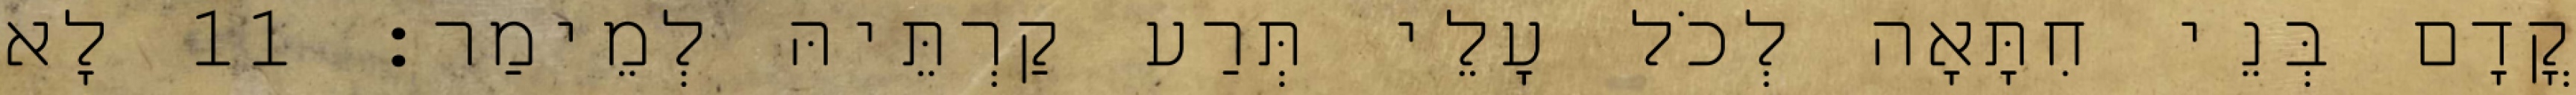
קֳדָם בְּנֵי חִתָּאָה לְכֹל עָלֵי תְּרַע קַרְתֵּיהּ לְמֵימַר׃ 11 לָא